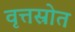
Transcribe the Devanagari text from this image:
वृत्तस्रोत